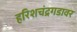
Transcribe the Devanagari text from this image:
हरिशचंद्रगडावर